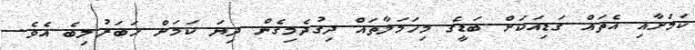
ކަމަށާއި އެތައް ގަޑިއަކަށް ބަޑީގެ މިހަމަލާތައް ދިގުދެމިގެން ދިޔަ ކަމަށް ޚަބަރުލިބެ އެވެ.